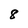
Character: 8